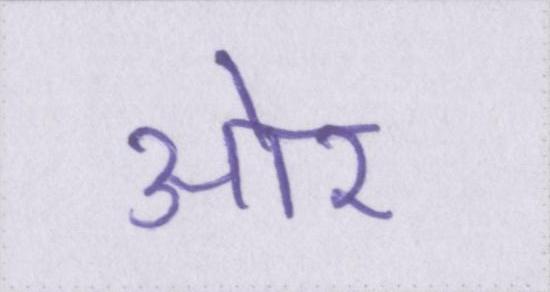
आ॓र